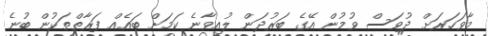
މާވަހަރަށް ދުވަސް ވުމުން އޭގެ ބަރުދަން ލުއިވާނެ ކަމަށް ބައެއް ފަރާތްތަކުން ބުނެ